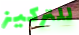
للتركيز